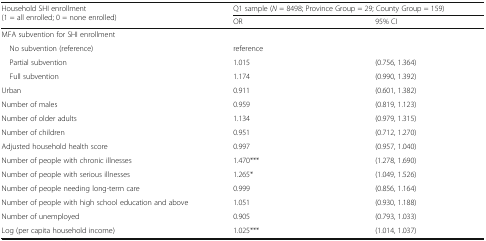
| <ROWSPAN=2> Household SHI enrollment (1 = all enrolled; 0 = none enrolled) | <COLSPAN=2> Q1 sample (N = 8498; Province Group = 29; County Group = 159) |
 | OR | 95% CI |
 | --- | --- | --- |
 | <COLSPAN=3> MFA subvention for SHI enrollment |
 | No subvention (reference) | reference |  |
 | Partial subvention | 1.015 | (0.756, 1.364) |
 | Full subvention | 1.174 | (0.990, 1.392) |
 | Urban | 0.911 | (0.601, 1.382) |
 | Number of males | 0.959 | (0.819, 1.123) |
 | Number of older adults | 1.134 | (0.979, 1.315) |
 | Number of children | 0.951 | (0.712, 1.270) |
 | Adjusted household health score | 0.997 | (0.957, 1.040) |
 | Number of people with chronic illnesses | 1.470*** | (1.278, 1.690) |
 | Number of people with serious illnesses | 1.265* | (1.049, 1.526) |
 | Number of people needing long-term care | 0.999 | (0.856, 1.164) |
 | Number of people with high school education and above | 1.051 | (0.930, 1.188) |
 | Number of unemployed | 0.905 | (0.793, 1.033) |
 | Log (per capita household income) | 1.025*** | (1.014, 1.037) |